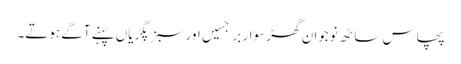
پچاس ساٹھ نوجوان گھڑ سوار برجسیں اور سبز پگڑیاں پہنے آگے ہوتے۔